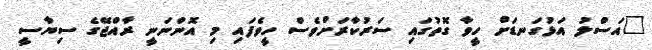
"އަސްލު އަޅުގަނޑަށް ހީވާ ގޮތުގައި ސަރުކާރަށްވެސް ހީވެފައި މި އޮންނަނީ ރާއްޖޭގެ ސިޔާސީ